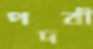
পদবী